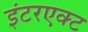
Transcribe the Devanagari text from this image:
इंटरएक्ट